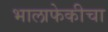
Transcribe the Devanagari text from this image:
भालाफेकीचा